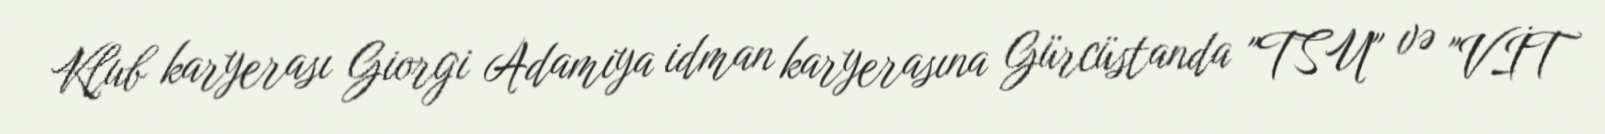
Klub karyerası Giorgi Adamiya idman karyerasına Gürcüstanda "TSU" və "VİT